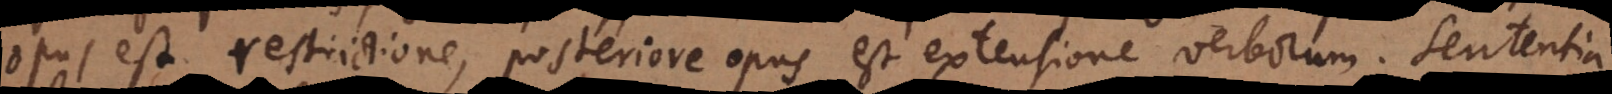
opus est restrictione, posteriore opus est extensione verborum. Sententia